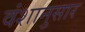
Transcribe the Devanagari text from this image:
वंशानुसार